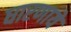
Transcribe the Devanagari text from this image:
धारणाये